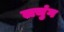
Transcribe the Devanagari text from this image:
लचुंग